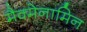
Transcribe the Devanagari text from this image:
मैक्मेनामिन